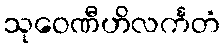
သုဝေဏီဟိလင်္ကတံ